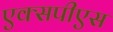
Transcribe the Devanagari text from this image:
एक्सपीएस